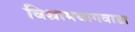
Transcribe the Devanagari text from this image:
विश्रामबागवाडा